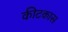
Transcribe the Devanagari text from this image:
कीटकास